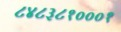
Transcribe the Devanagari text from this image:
८४८३८१०००१